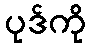
ပုဒ်ကို